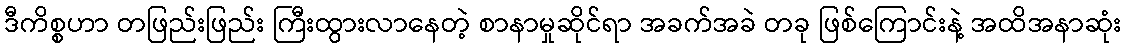
ဒီကိစ္စဟာ တဖြည်းဖြည်း ကြီးထွားလာနေတဲ့ စာနာမှုဆိုင်ရာ အခက်အခဲ တခု ဖြစ်ကြောင်းနဲ့ အထိအနာဆုံး